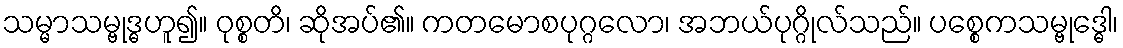
သမ္မာသမ္ဗုဒ္ဓဟူ၍။ ဝုစ္စတိ၊ ဆိုအပ်၏။ ကတမောစပုဂ္ဂလော၊ အဘယ်ပုဂ္ဂိုလ်သည်။ ပစ္စေကသမ္ဗုဒ္ဓေါ၊